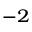
^ { - 2 }